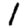
Digit: 1